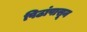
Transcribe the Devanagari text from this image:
पिठांपासून